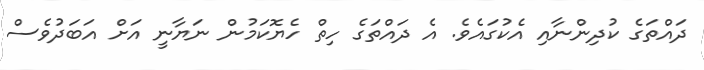
ދައްތަގެ ކުދިންނާއި އެކުގައެވެ. އެ ދައްތަގެ ހިތް ހެޔޮކަމުން ނަޔާނީ އަށް އަބަދުވެސް